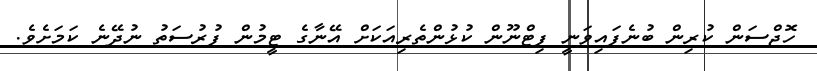
ހޮޖްސަން ކުރިން ބުނެފައިވަނީ ފިޓްނޫން ކުޅުންތެރިއަކަށް އޭނާގެ ޓީމުން ފުރުސަތު ނުދޭނެ ކަމަށެވެ.